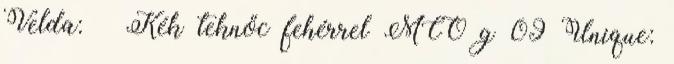
Velda: ♀ Kék teknőc fehérrel MCO g 09 Unique: